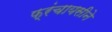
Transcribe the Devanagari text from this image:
फ्रंचायसीने